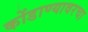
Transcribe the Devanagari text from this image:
कोंडाण्यावरचा